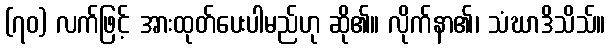
(၇၀) လက်ဖြင့် အားထုတ်ပေးပါမည်ဟု ဆို၏။ လိုက်နာ၏၊ သံဃာဒိသိသ်။